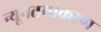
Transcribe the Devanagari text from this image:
न्यूनतमीकरण